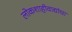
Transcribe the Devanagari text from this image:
लोकशाहीवाद्यांचा